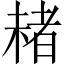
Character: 𣗓